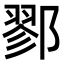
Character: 鄝